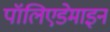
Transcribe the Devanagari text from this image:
पॉलिएडेमाइन